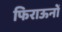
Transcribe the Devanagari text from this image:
फिराऊनों